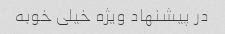
در پیشنهاد ویژه خیلی خوبه